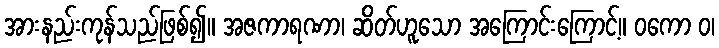
အားနည်းကုန်သည်ဖြစ်၍။ အဇကာရဏာ၊ ဆိတ်ဟူသော အကြောင်းကြောင့်။ ဝကော ဝ၊